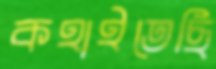
কহাইতেছি